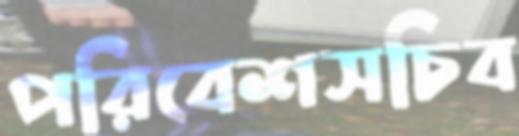
পরিবেশসচিব